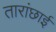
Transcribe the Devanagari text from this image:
तारांछाई